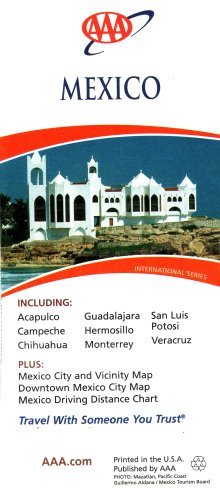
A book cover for AAA Mexico: Including Acapulco, Campeche, Chihuahua, Guadalajara, Hermosillo, Monterrey, San Luis Potosi, Veracruz, Plus Mexico City and Vicinity Map, Downtown Mexico City Map, Mexico Driving Distance Chart: AAA International Series 2008 (1206308527307, 1206308495); AAA; Travel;